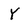
Character: Y